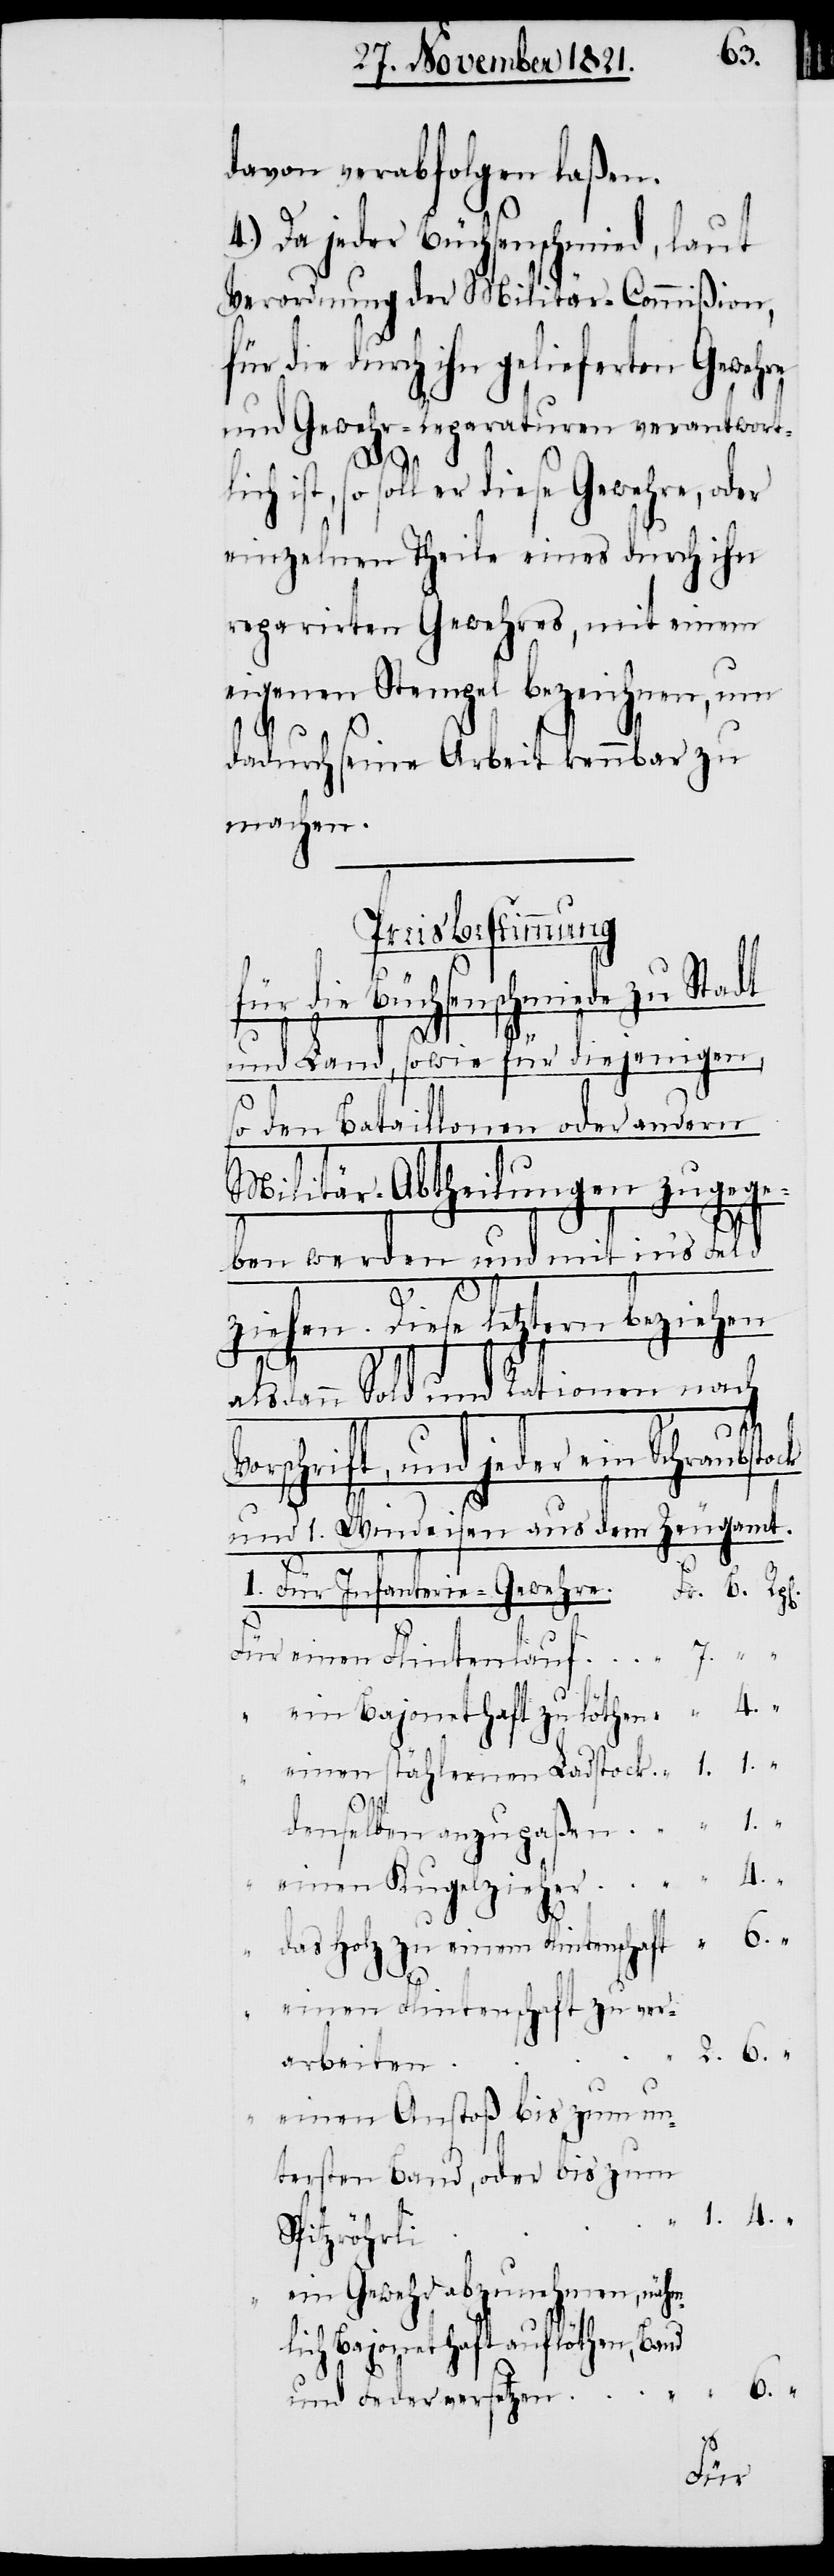
davon verabfolgen laßen.
Da jeder Büchsenschmied, laut
Verordnung der Militär-Commißion,
die durch ihn gelieferten Gewehre
und Gewehr-Reparaturen verantwort¬
ist, so soll er diese Gewehre, oder
einzelnen Theile eines durch ihn
reparirten Gewehres, mit einem
eigenen Stempel bezeichnen, um
dadurch seine Arbeit kennbar zu
machen.
Preisbestimmung
tock
für die Büchsenschmiede zu Stadt
4.
und Land, sowie für diejenigen,
so den Bataillonen oder andern
Militär-Abtheilungen zugege¬
ben werden und mit in’s Feld
ziehen. Diese letztern beziehen
7.
ann Sold und Rationen nach
schrift, und jeder ein Schraubs¬
und 1. Windeisen aus dem Zeugamt.
6.
1. Für Infanterie-Gewehre.
Für einen Flintenlauf
“ ein Bajonethaft zu löthen
einen stählernen Ladstock
denselben anzupaßen
einen Kugelzieher
“ das Holz zu einem Flintenschaft
einen Flintenschaft zu ver¬
arbeiten
einen Anstoß bis zum un¬
tersten Band, oder bis zum
Spitzröhrli
ein Gewehr abzunehmen, nähm¬
lich Bajonethaft auflöthen, Band
Feder